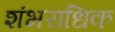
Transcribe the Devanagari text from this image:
शंभराधिक